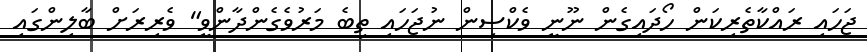
ޖަހައި ރައްކާތެރިކަން ހޯދައިގެން ނޫނީ ވެކްސިން ނުޖަހައި ތިބެ މަރުވެގެންދާންވީ" ވެރިރަށް ބާލިންގައި